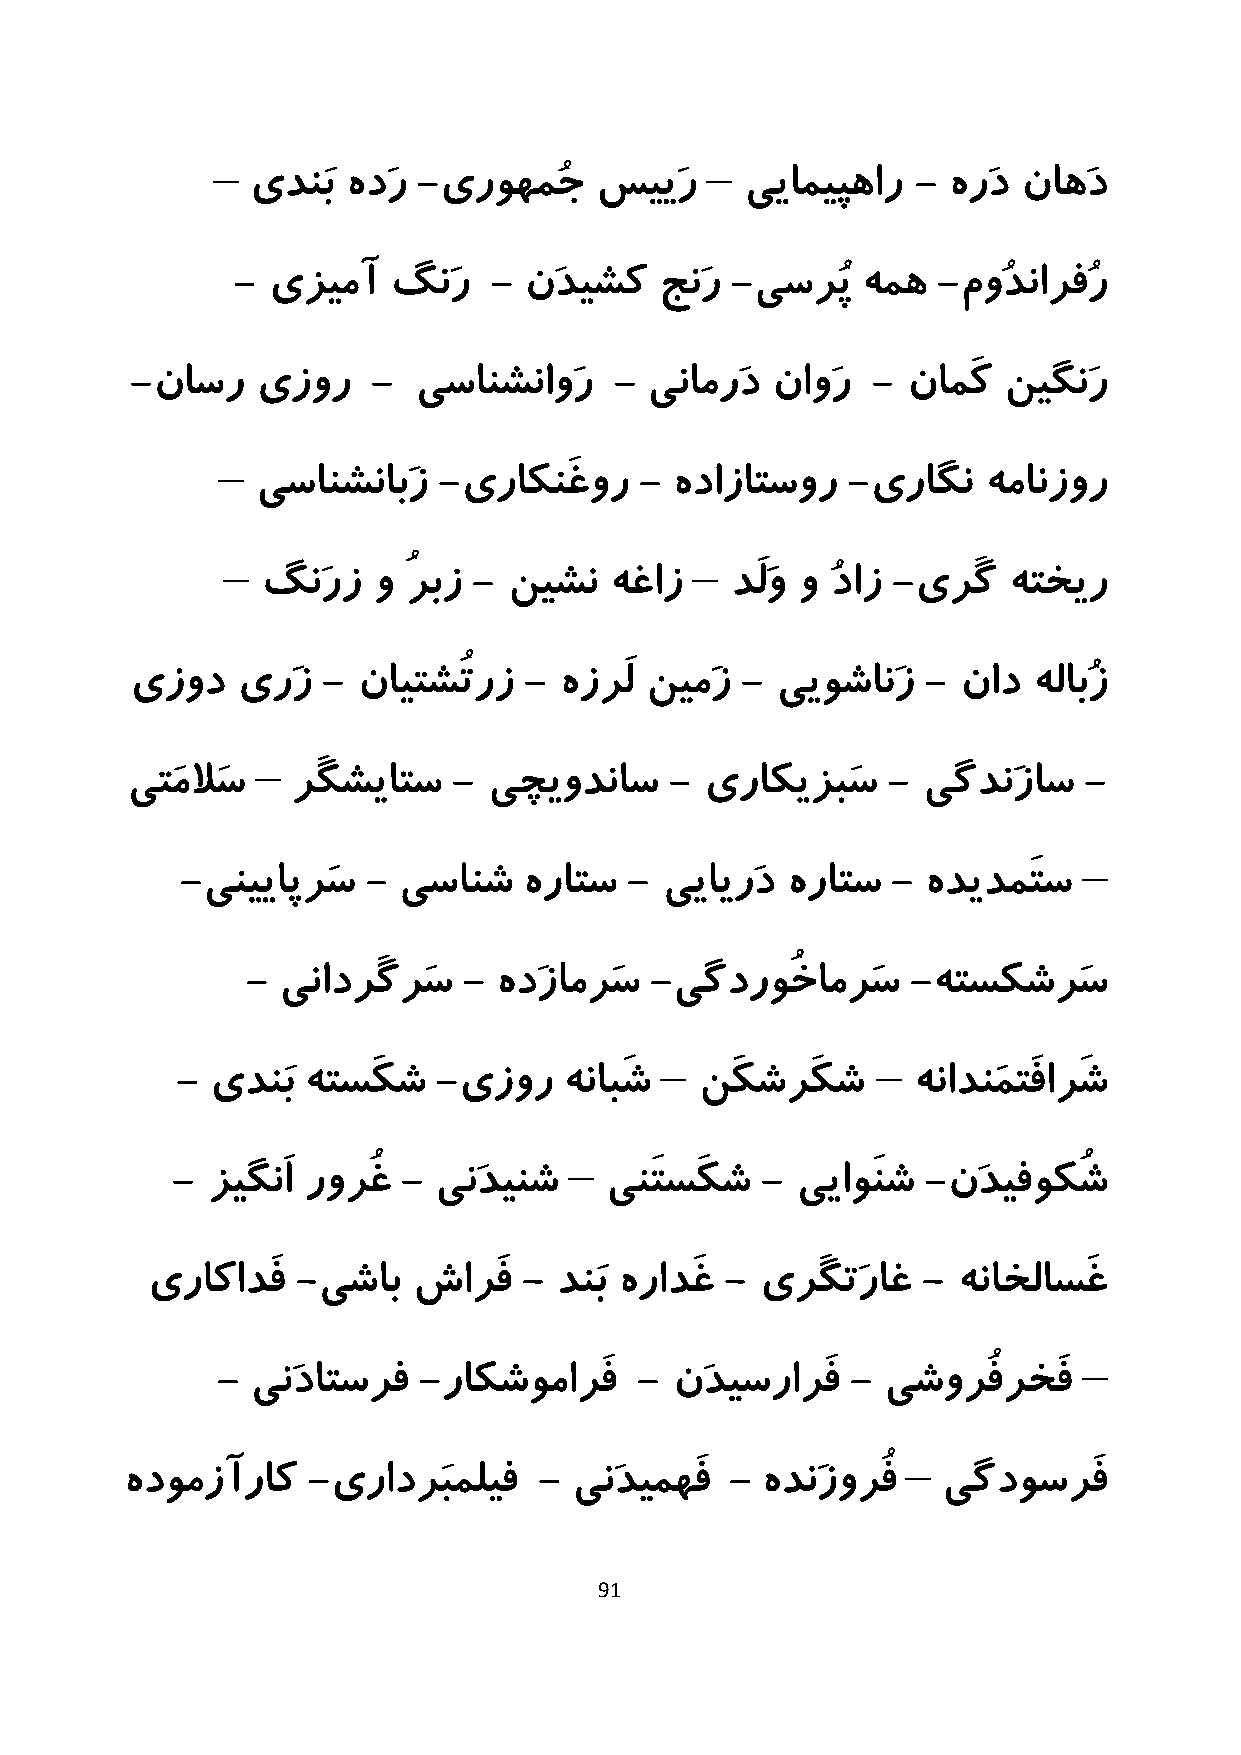
–                                –
 یدنَب هدَر -یروهمُج   سییَر     ییامیپهار   - هرَد ناهَد
 -  یزیمآ   گنَر  -  نَدیشک   جنَر -یسرُپ  همه  -موُدنارفُر
 -ناسر   یزور    - یسانشناوَر    - ینامرَد ناوَر  - نامَک نیگنَر
 –
 یسانشنابَز  -یراکنَغور   -  هدازاتسور  -یراگن   همانزور
 –                              –
 گنَرز   و ُربز - نیشن  هغاز    دَلَو و ُداز -یرَگ هتخیر
 یزود   یرَز -  نایتشُترز  - هزرَل نیمَز - ییوشانَز  -  ناد هلابُز
 –
 یتَملاَس   رَگشیاتس   - یچیودناس    -  یراکیزبَس   - یگدنَزاس   -
 –
 -ینییاپرَس  - یسانش    هراتس -  ییایرَد هراتس  - هدیدمَتس
 - ینادرَگرَس   - هدَزامرَس -یگدروُخامرَس    -هتسکشرَس
 –             –
 - یدنَب هتسکَ ش  -یزور   هنابَش   نَکشرَکش      هنادنَمتَفارَش
 –
 -  زیگنَا رورُغ - ینَدینش    ینَتسَکش  -  ییاوَنش -نَدیفوکُش
 یراکادَف  -یشاب  شارَف   - دنَب هرادَغ - یرَگتَراغ - هناخلاسَغ
 –
 -  ینَداتسرف  -راکشومارَف   -  نَدیسرارَف - یشورُفرخَف
 –
 هدومزآراک   -یرادرَبملیف    - ینَدیمهَف - هدنَزورُف   یگدوسرَف
 91